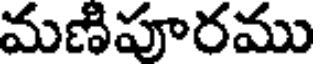
మణిపూరము